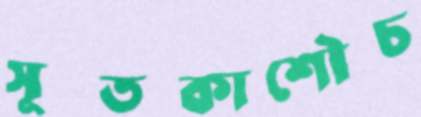
সূতকাশৌচ